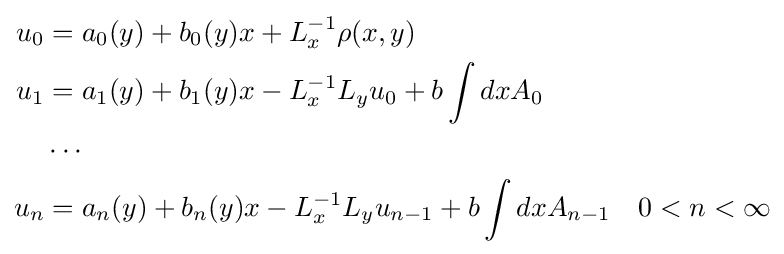
{\begin{aligned}u_{0}&=a_{0}(y)+b_{0}(y)x+L_{x}^{-1}\rho (x,y)\\u_{1}&=a_{1}(y)+b_{1}(y)x-L_{x}^{-1}L_{y}u_{0}+b\int dxA_{0}\\&\cdots \\u_{n}&=a_{n}(y)+b_{n}(y)x-L_{x}^{-1}L_{y}u_{n-1}+b\int dxA_{n-1}\quad 0<n<\infty \end{aligned}}